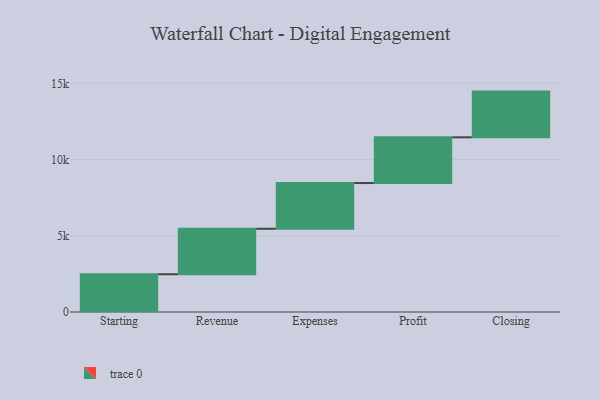
{"axis": {"x": "Step", "y": "Value"}, "legend": [""], "data": [{"x": "Starting", "y": 2477.0, "type": ""}, {"x": "Revenue", "y": 2983.0, "type": ""}, {"x": "Expenses", "y": 3000, "type": ""}, {"x": "Profit", "y": 3000, "type": ""}, {"x": "Closing", "y": 3000, "type": ""}]}